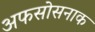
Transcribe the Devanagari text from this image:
अफसोसनाक